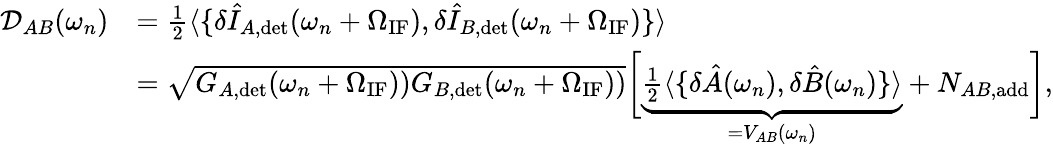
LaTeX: \begin{array}{rl}{\mathcal{D}_{AB}(\omega_{n})}&{=\frac{1}{2}\langle\{ \delta\hat{I}_{A,\mathrm{det}}(\omega_{n}+\Omega_{\mathrm{IF}}),\delta\hat{I}_{B,\mathrm{det}}(\omega_{n}+\Omega_{\mathrm{IF}})\} \rangle}\\ &{=\sqrt{G_{A,\mathrm{det}}(\omega_{n}+\Omega_{\mathrm{IF}}))G_{B,\mathrm{det}}(\omega_{n}+\Omega_{\mathrm{IF}}))}\biggl[\underbrace{\frac{1}{2}\langle\{ \delta\hat{A}(\omega_{n}),\delta\hat{B}(\omega_{n})\} \rangle}_{=V_{AB}(\omega_{n})}+N_{AB,\mathrm{add}}\biggr],}\end{array}